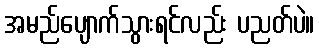
အမည်ပျောက်သွားရင်လည်း ပညတ်ပဲ။